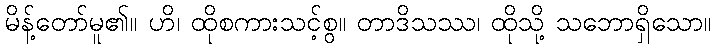
မိန့်တော်မူ၏။ ဟိ၊ ထိုစကားသင့်စွ။ တာဒိသဿ၊ ထိုသို့ သဘောရှိသော။